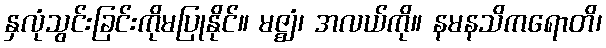
နှလုံသွင်းခြင်းကိုမပြုနိုင်။ မဇ္ဈံ၊ အလယ်ကို။ နမနသိကရောတိ၊